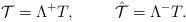
LaTeX: \begin{align*}{\cal T} = \Lambda ^{+}T, \hskip 1cm \hat {\cal T}=\Lambda ^{-}T.\end{align*}